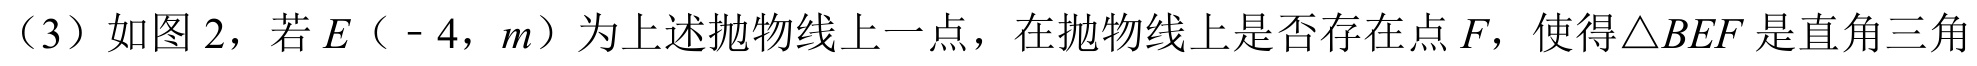
（3）如图 2，若\(E（ - 4，m）\)为上述抛物线上一点，在抛物线上是否存在点\(F\)，使得\(\triangle BEF\)是直角三角